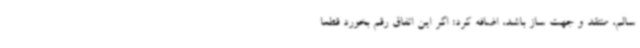
سالم، منتقد و جهت ساز باشد، اضافه کرد: اگر این اتفاق رقم بخورد قطعاً